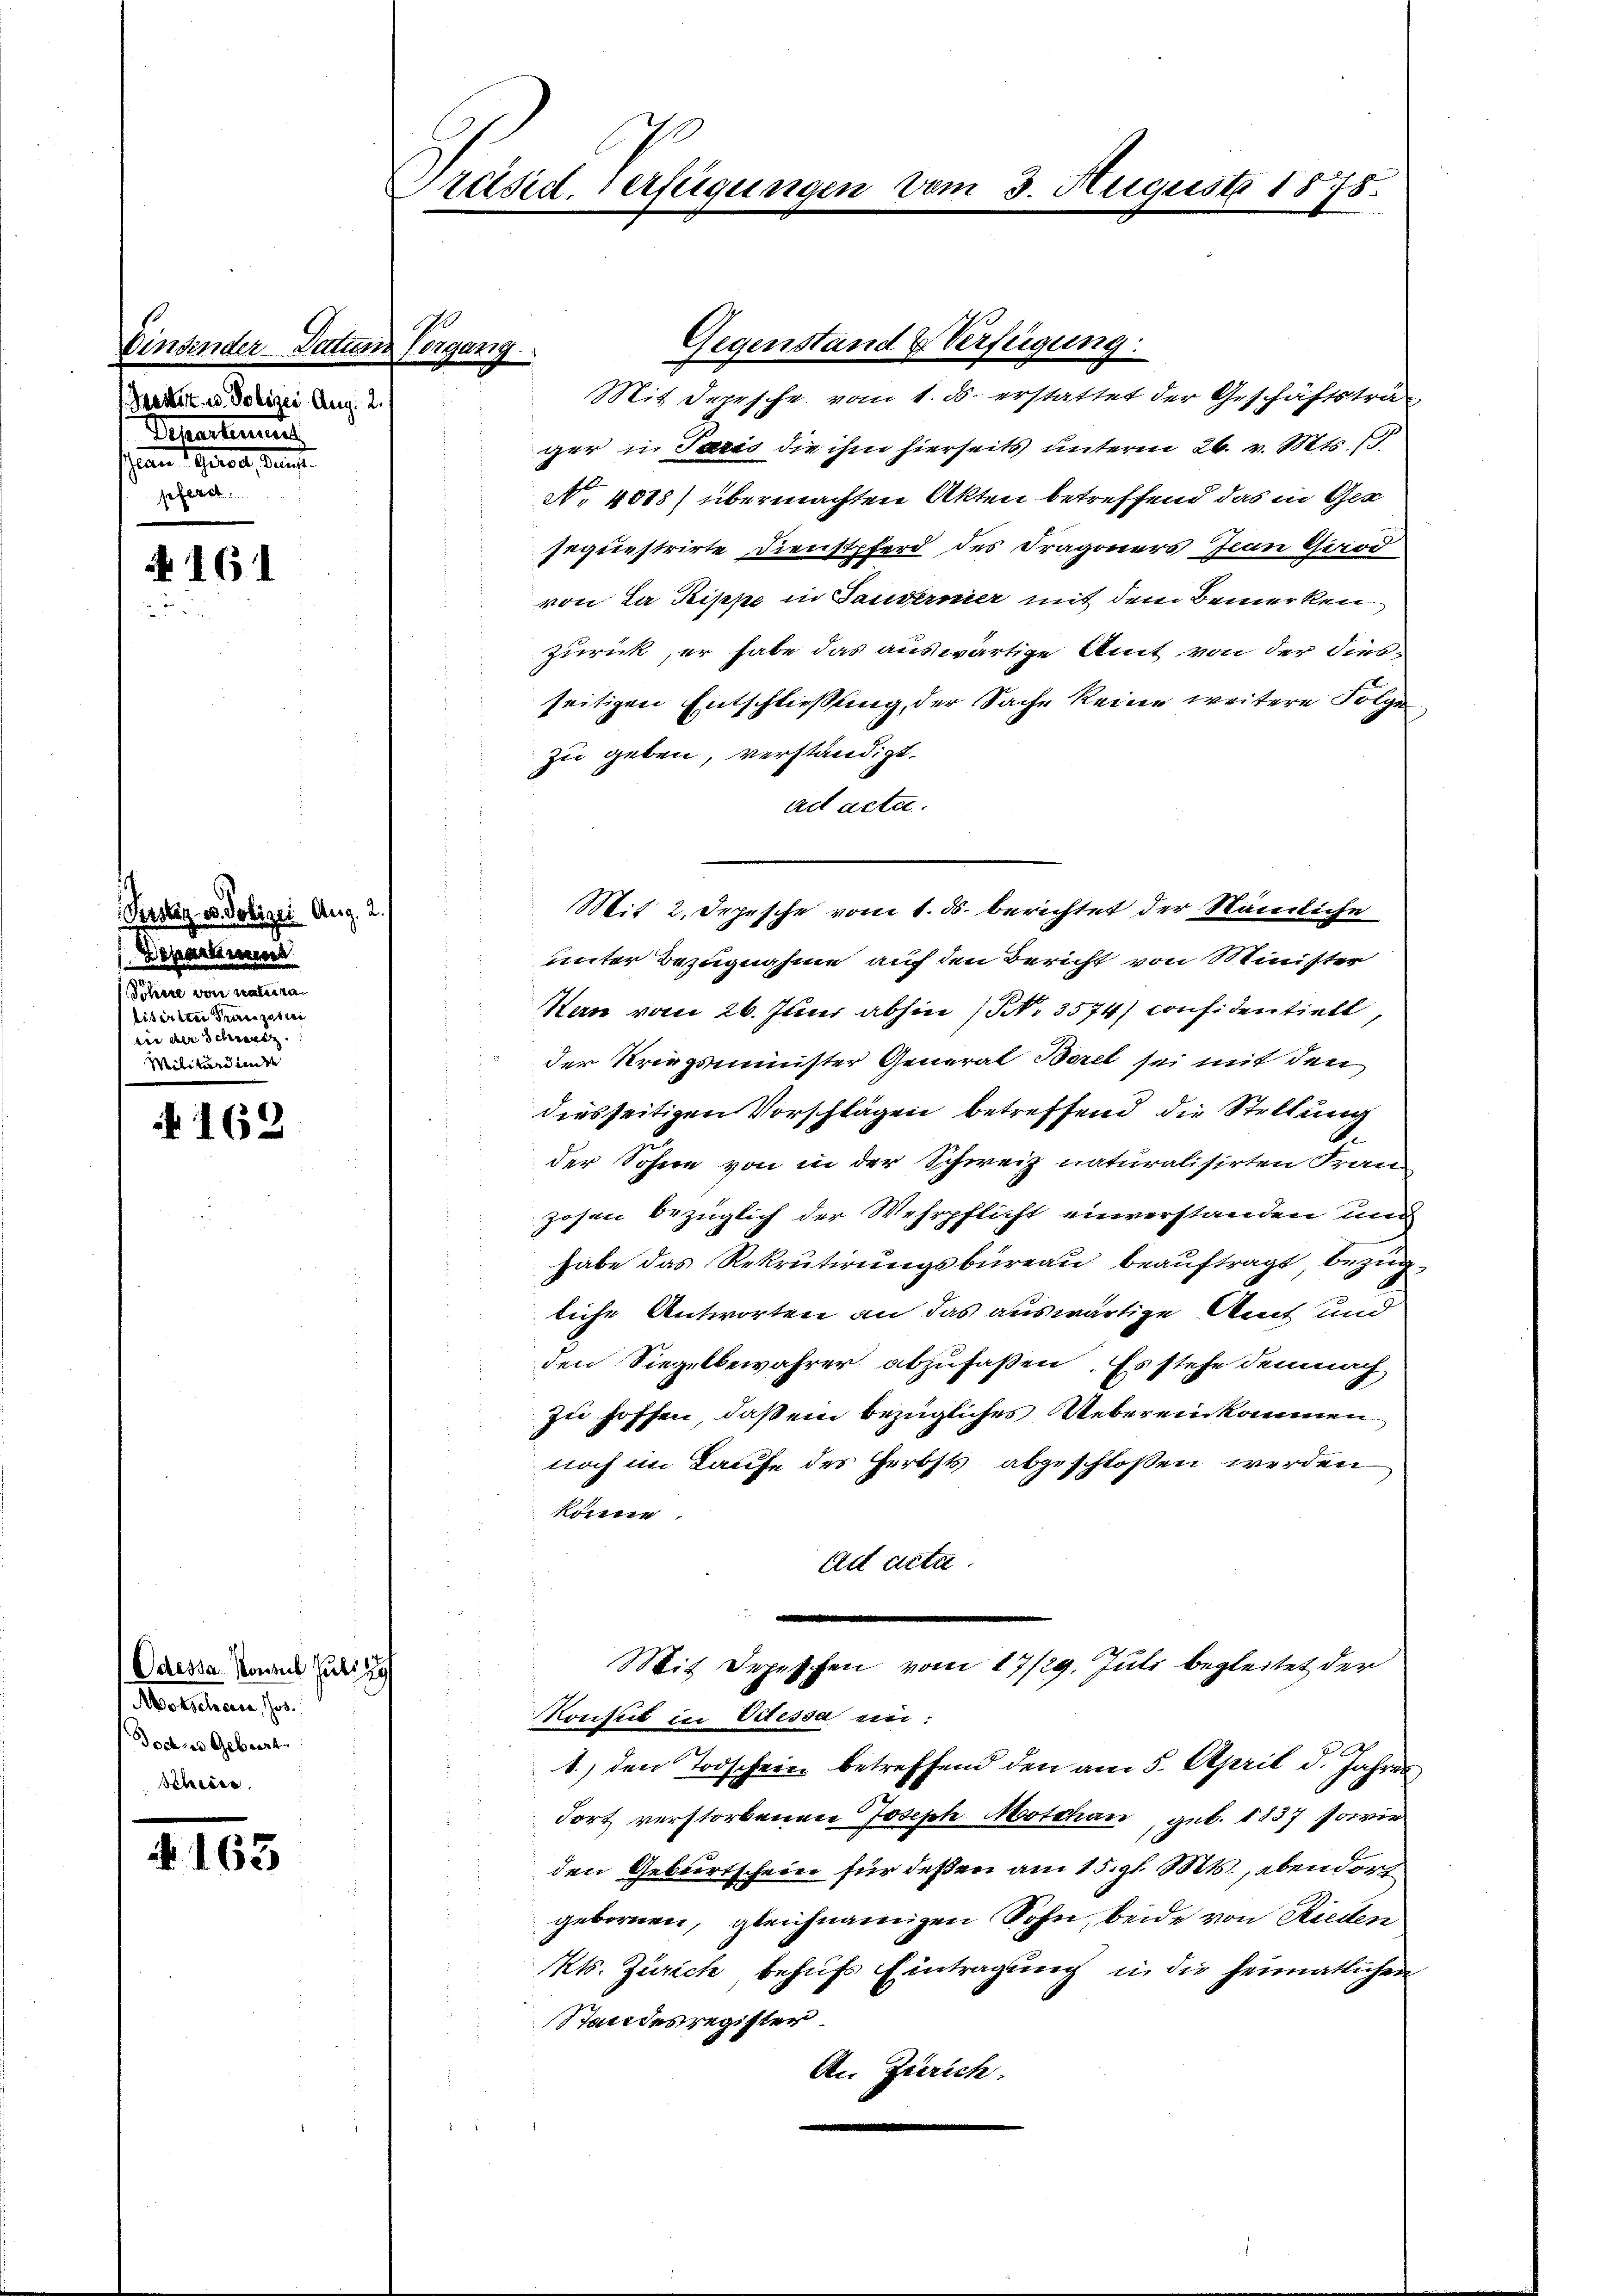
n

gefert

ander Datum
rasirt u. Polizei Aug. 2.
Schartentiunt
sian Gute, denst

A 161

Gerstag v. Polizei Aug. 2
Dipartement
dans ein alten
lisirten Franzosen
rin der Schrei
Militärdienst

A 162

163

Odessa Consul sub 29
Maliteren hat.
Tod des Geburt

Ergang

Präsid. Verfügungen vom 3. August 1878.

Mit Depesche vom 1. ds. erstattet der Geschäftstrager in Paris die ihm hierseits unterm 26. v. Mts.
No 4888) übermachten Akten betreffend das in Ges
sequestrirte Dienstpferd des Dragoners Jian Griod
von La Pippe in Tanderner mit dem Bemerken
zurück, er habe das auswärtige Amt von der dies-
seitigen Entschließung, der Sache keine weitere Folge
zu geben, verständigt.
act acta.
s
unter Bezugnahme auf den Bericht von Minister
Hern vom 26. Juni abhin (NNo. 3574) considentiell
der Kriegsminister General Beret sei mit den
diesseitigen Vorschlägen betreffend die Stellung
der Sohne von in der Schweiz naturalisirten Fran
zohen bezüglich der Wehrpflicht einverstanden und
habe das Rekrutirungsbureau beauftragt, bezügliche Antworten an das auswärtige Amt und
den Siegelbewahrer abzufaßen. Es stehe demnach
zu hoffen, daß ein bezügliches Ueberen kommen
noch im Laufe des Herbsts abgeschlossen werden
kommer
Ad acta.
Mit Depeschen vom 17/29. Juli begleitet der
.
Konsul in Vitessa ein:
2
1.) den Todschein betreffend den am 5. April d. Jahres
fort verstorbenen Joseph Motthan, geb. 1837 sowie
den Geburtschein für deßen am 15. gl. Mts., ebendorf
gebornen, gleichnamigen Sohn, beide von Rieden
Kts. Zürich behufs Eintragung in die heimatlichen
Standesregister
An Zürich.
.

Gegenstand & Verfügung:

Mit 2. Jepische vom 1. d. berichtet der Nämliche